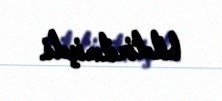
bildirilmişdi.